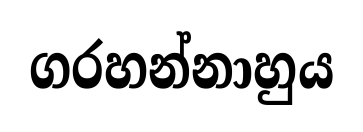
ගරහන්නාහුය